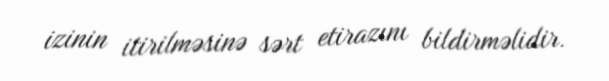
izinin itirilməsinə sərt etirazını bildirməlidir.